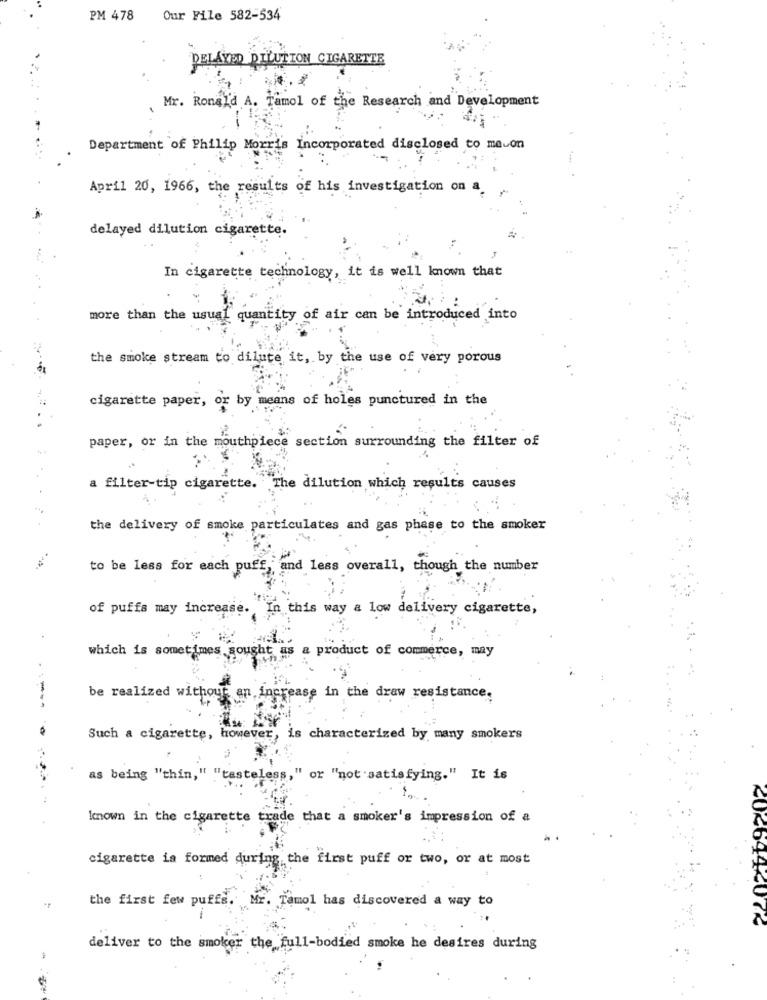
PM 478
Our File 582-534
DELAYED DILUTION CIGARETTE
Mr. Ronald A. Tamol of the Research and Development
Department of Philip Morris Incorporated disclosed to mawon
April 20, 1966, the results of his investigation on a.
delayed dilution cigarette.
In cigarette technology, it is well known that
more than the usual quantity of air can be introduced into
the smoke stream to dilute it, by the use of very porous
cigarette paper, or by means of holes punctured in the
paper, or in the mouthpiece section surrounding the filter of
a filter-tip cigarette . The dilution which results causes
the delivery of smoke particulates and gas phase to the smoker
to be less for each puff, and less overall, though the number
of puffs may increase.
In this way a low delivery cigarette,
which is sometimes sought as a product of commerce, may
be realized without an increase in the draw resistance.
-----
Such a cigarette, however, is characterized by many smokers
as being "thin," "tasteless," or "not satisfying." It is
known in the cigarette trade that a smoker's impression of a
cigarette is formed during the first puff or two, or at most
the first few puffs. Mr. Tamol has discovered a way to
2046442072
deliver to the smoker the full-bodied smoke he desires during